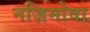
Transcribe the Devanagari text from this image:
नज़िमोवा